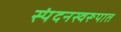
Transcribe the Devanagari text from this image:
स्पंदनस्वरूपात